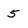
Character: 5